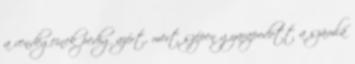
a vendégeinek pedig azért, mert szépen gyarapodott a számla